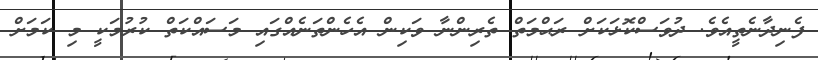
ފެނިދާނެތީއެވެ. ދުވަސްކޮޅަކަށް ރަޙްމަތް ތެރިންނާ ވަކިން އެހެންތަނެއްގައި މަސައްކަތް ކުރުމަކީ މި ކަމަށް